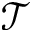
\mathcal { T }